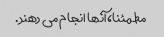
مطمئنا، آنها انجام می دهند.